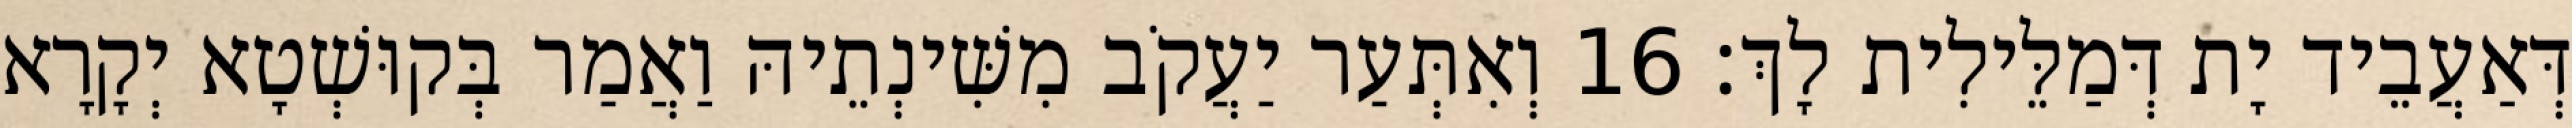
דְּאַעֲבֵיד יָת דְּמַלֵּילִית לָךְ׃ 16 וְאִתְּעַר יַעֲקֹב מִשִּׁינְתֵיהּ וַאֲמַר בְּקוּשְׁטָא יְקָרָא